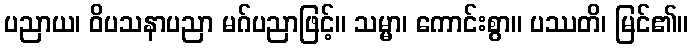
ပညာယ၊ ဝိပသနာပညာ မဂ်ပညာဖြင့်။ သမ္မာ၊ ကောင်းစွာ။ ပဿတိ၊ မြင်၏။